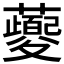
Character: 𬟡